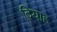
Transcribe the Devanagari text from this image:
दियाह